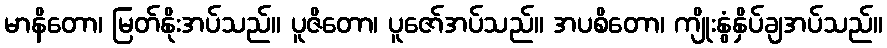
မာနိတော၊ မြတ်နိုးအပ်သည်။ ပူဇိတော၊ ပူဇော်အပ်သည်။ အပစိတော၊ ကျိုးနွံနှိပ်ချအပ်သည်။